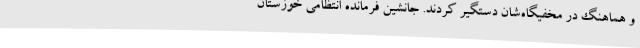
و هماهنگ در مخفیگاه‌شان دستگیر کردند. جانشین فرمانده انتظامی خوزستان